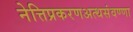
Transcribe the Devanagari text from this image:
नेत्तिप्रकरणअत्थसंवण्णा